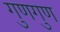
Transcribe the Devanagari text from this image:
गुणगुण